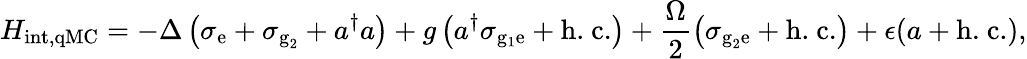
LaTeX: H_{\textrm{int,qMC}}=-\Delta\left(\sigma_{\textrm{e}}+\sigma_{\textrm{g}_{2}}+a^{\dagger}a\right)+g\left(a^{\dagger}\sigma_{\mathrm{{g}_{1}\mathrm{e}}}+\textrm{h.~c.}\right)+\frac{\Omega}{2}\left(\sigma_{\textrm{g}_{2}\textrm{e}}+\textrm{h.~c.}\right)+\epsilon(a+\textrm{h.~c.}),